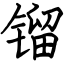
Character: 镏